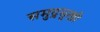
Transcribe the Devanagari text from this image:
समुद्रमुखी